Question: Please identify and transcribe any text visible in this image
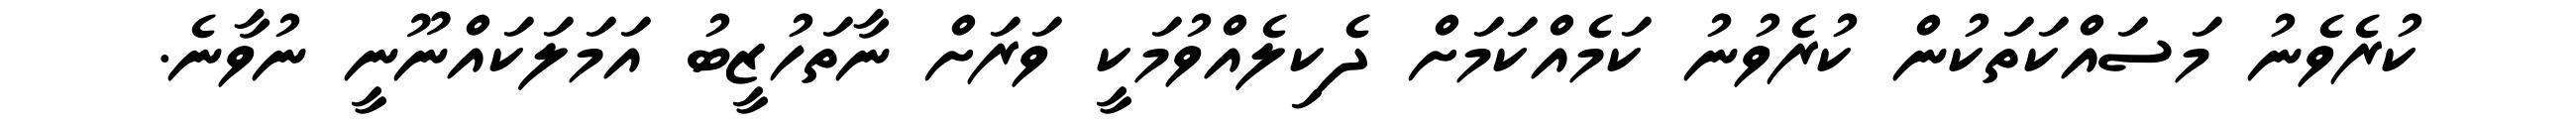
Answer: ކުރެވެނު މަސައްކަތަކުން ކުރެވުނު ކަމެއްކަމަށް ދެކިލެއްވުމަކީ ވަރަށް ނާތަހުޒީބު އަމަލަކައްނޫނީ ނުވާނެ.